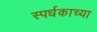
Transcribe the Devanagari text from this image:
स्पर्धकाच्या